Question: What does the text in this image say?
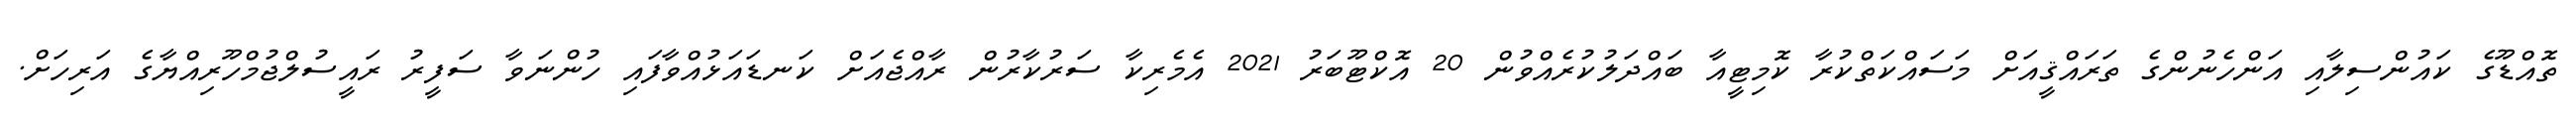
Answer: ތޮއްޑޫގެ ކައުންސިލާއި އަންހެނުންގެ ތަރައްޤީއަށް މަސައްކަތްކުރާ ކޮމިޓީއާ ބައްދަލުކުރެއްވުން 20 އޮކްޓޫބަރު 2021 އެމެރިކާ ސަރުކާރުން ރާއްޖެއަށް ކަނޑައަޅުއްވާފައި ހުންނަވާ ސަފީރު ރައީސުލްޖުމްހޫރިއްޔާގެ އަރިހަށް.